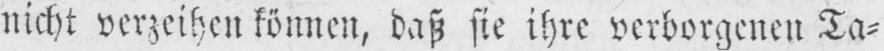
nicht verzeihen können, daß sie ihre verborgenen Ta⸗